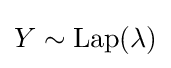
Y\sim {\text{Lap}}(\lambda )\,\!\,\!